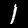
Digit: 1